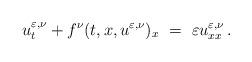
LaTeX: \begin{align*} u^{\varepsilon,\nu}_t + f^{\nu}(t,x,u^{\varepsilon,\nu})_x~=~\varepsilon u^{\varepsilon,\nu}_{xx}\,.\end{align*}